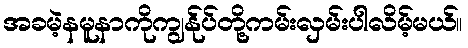
အခမဲ့နမူနာကိုကျွန်ုပ်တို့ကမ်းလှမ်းပါလိမ့်မယ်။